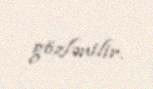
gözlənilir.